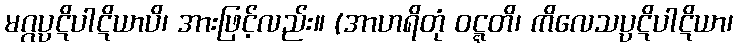
မဂ္ဂပ္ပဋိပါဋိယာပိ၊ အားဖြင့်လည်း။ (အာဟရိတုံ ဝဋ္ဋတိ၊ ကိလေသပ္ပဋိပါဋိယာ၊